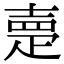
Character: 𡔰